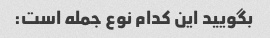
بگویید این کدام نوع جمله است: